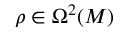
\rho \in \Omega ^ { 2 } ( M )